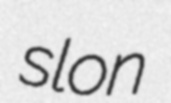
slon